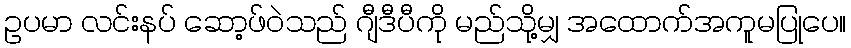
ဥပမာ လင်းနပ် ဆော့ဖ်ဝဲသည် ဂျီဒီပီကို မည်သို့မျှ အထောက်အကူမပြုပေ။